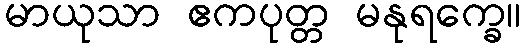
မာယုသာ ဧကပုတ္တ မနုရက္ခေ။